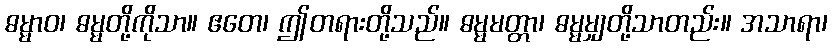
ဓမ္မာဝ၊ ဓမ္မတို့ကိုသာ။ ဧတေ၊ ဤတရားတို့သည်။ ဓမ္မမတ္တာ၊ ဓမ္မမျှတို့သာတည်း။ အသာရာ၊